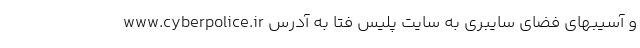
و آسیبهای فضای سایبری به سایت پلیس فتا به آدرس www.cyberpolice.ir